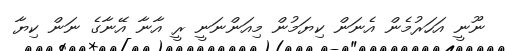
ނޫނީ އަހަރުމެން އެނަން ކިޔަމުން މިއަންނަނީ ރީ އާނާ އޭނާގެ ނަން ކިޔާ